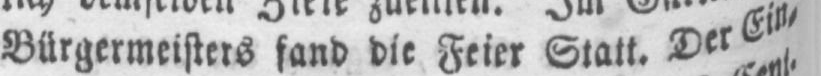
Bürgermeisters fand die Feier Statt. Der Ein⸗